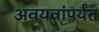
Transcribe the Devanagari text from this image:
अवयवांपर्यंत